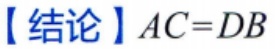
【结论】\(AC = DB\)